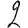
Digit: 2